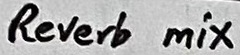
Text: Reverb mix